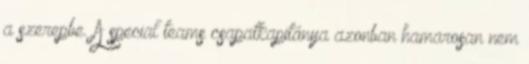
a szerepbe. A special teams csapatkapitánya azonban hamarosan nem